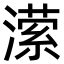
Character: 潆